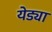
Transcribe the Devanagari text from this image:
येड्या